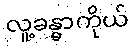
လူ့ခန္ဓာကိုယ်